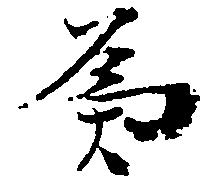
為